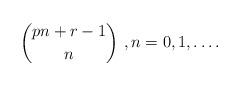
LaTeX: \begin{align*}\binom{pn+r-1}n\ , n=0,1,\ldots .\end{align*}